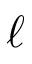
\ell